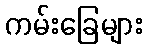
ကမ်းခြေများ